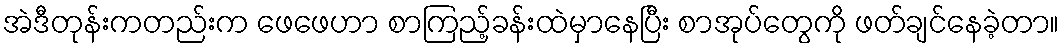
အဲဒီတုန်းကတည်းက ဖေဖေဟာ စာကြည့်ခန်းထဲမှာနေပြီး စာအုပ်တွေကို ဖတ်ချင်နေခဲ့တာ။